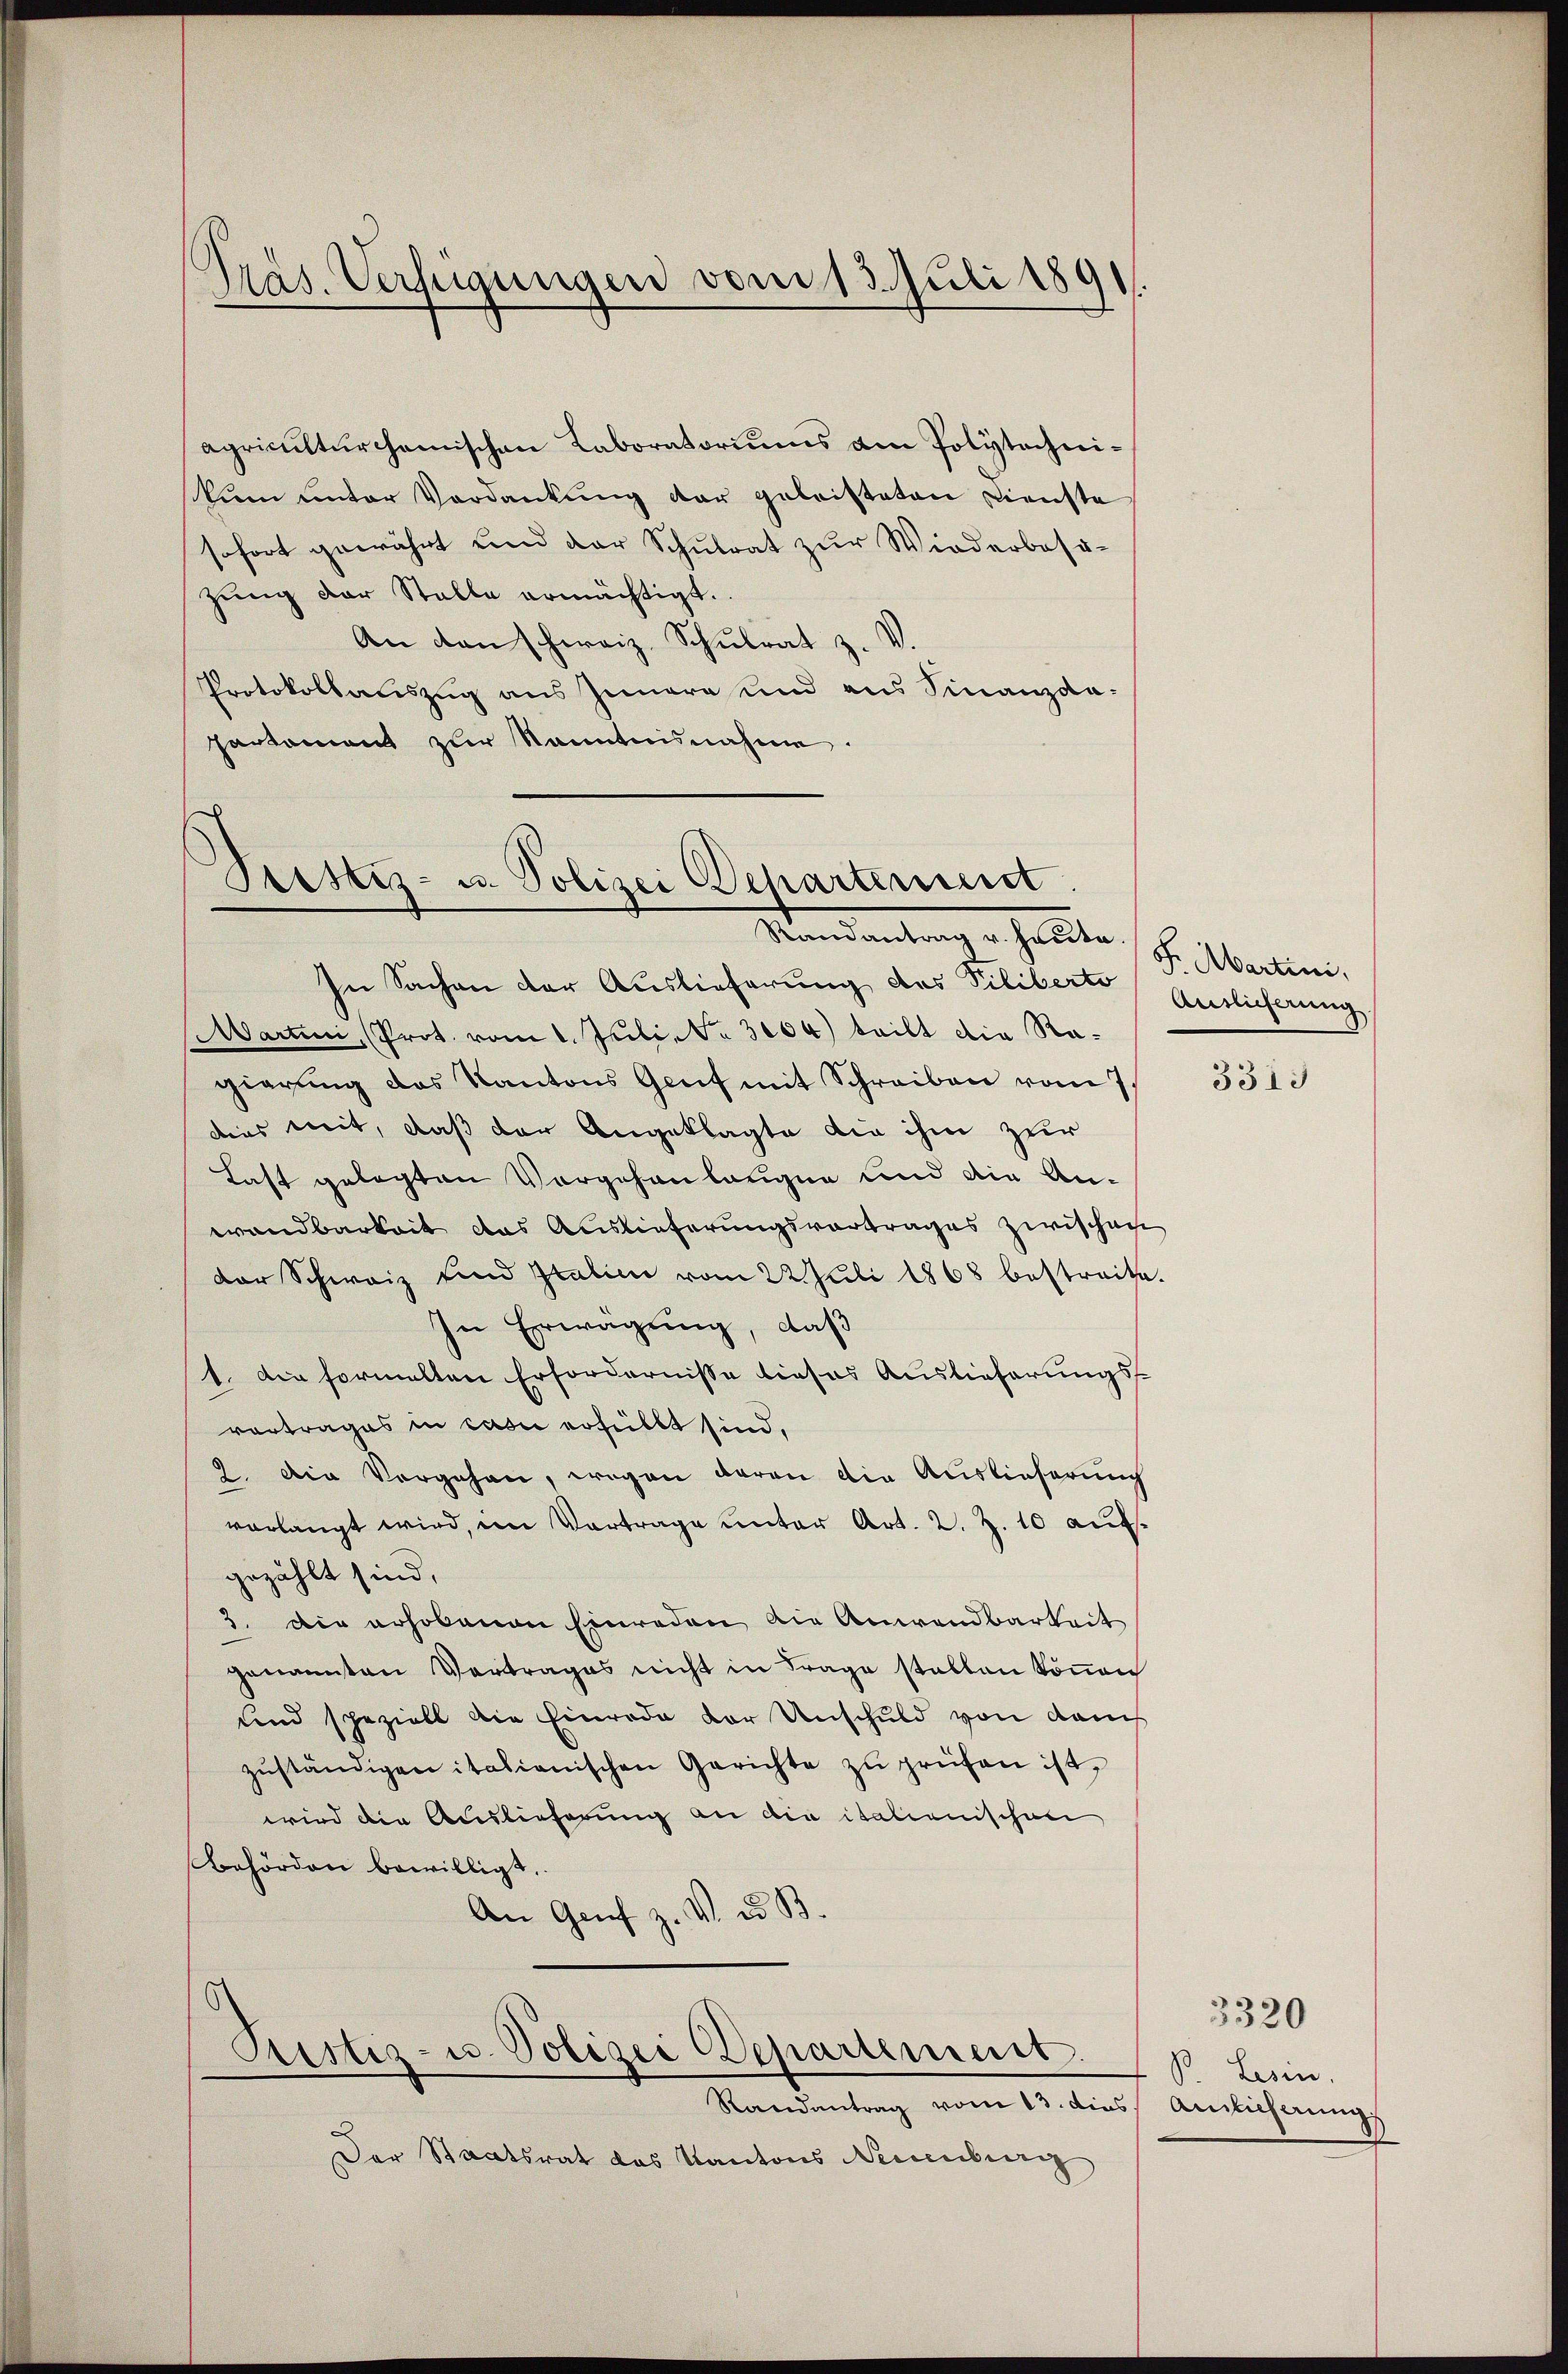
Präs. Verfügungen vom 13. Juli 1891.

apriculturchemischen Laboratoriums am Polytechnikum unter Verdankung der geleisteten Dienste
sofort gewährt und der Schulrat zur Wiederbas-
zŭng der Stalle ermächtigt.
An den schweiz. Schulrat z. V.
Protokollauszug aus Innere und aus Finanzda-
partement zur Kenntnisnahme.

Sistiz- u. Polizei Departement
Stand halten S. Martini,

In Sachen der Auslieferung des Piliberte Amtlicherung
Martini, (Prot. vom 1. Juli, Nr. 3000) teilt die Ragierung des Kantons Genf mit Schreiben vom 7.
dies mit, daß der Angeklagte die ihm zur
Last gelegten Vorgehenlangen und die An¬
Wandbarkeit das Auslieferungsvortrages zwischen
der Schweiz sind Italien vom 22 Juli 1868 bestreite.
In Erwägung, daß
1. Die formelten Erfordernisse dieses Auslieferungs-
vortrages in casii erfüllt sind,
2. Die Vorgehen, wegen daran die Auslieferung
verlangt wird, im Vortrage unter Art. 2. Z. 10 aufgezählt sind,
3. Die erhobenen Einreden die Anwendbarkeit
genannten Vertrages nicht in Frage stellen können
und speziell die Einrade der Unschuld von dem
zŭständigen italianischen Gerichte zŭ prüfen ist,
wird die Auslieferung an die italienischen
Behörden bewilligt.
An Genf z. V. u. B.

Rustiz- u. Polizei Departement.

Randantrag vom 13. dies Anlicherungs
Der Staatsrat das Kantons Neuenburg

3313

B. Lesen.

3320